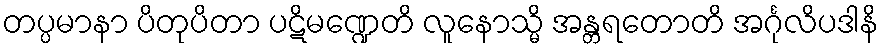
တပ္ပမာနာ ပိတုပိတာ ပဋိမဏ္ဍေတိ လူနောသ္မိ အန္တရတောတိ အင်္ဂုလိပဒါနိ